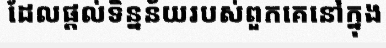
ដែលផ្តល់ទិន្នន័យរបស់ពួកគេនៅក្នុង